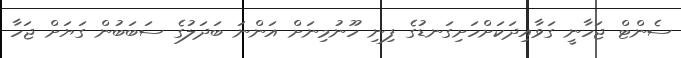
ސެންޓް ޖަހާނީ ގަވާއިދަކަށްހަށިގަނޑުގެ ފިނި ހޫނުމިނަށް އަންނަ ބަދަލުގެ ސަބަބުން ގަޔަށް ޖަހާ